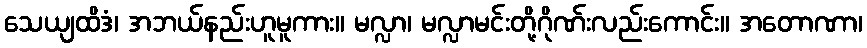
သေယျထိဒံ၊ အဘယ်နည်းဟူမူကား။ မလ္လာ၊ မလ္လာမင်းတို့ဂိုဏ်းလည်းကောင်း။ အတောဏာ၊